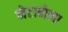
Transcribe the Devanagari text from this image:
मेटाबोला